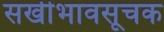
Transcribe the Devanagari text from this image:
सखीभावसूचक